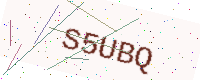
Text: S5UBQ